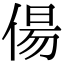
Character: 偒